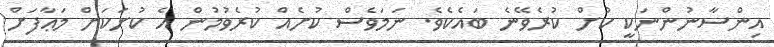
އިންސާނުންނަކީ ކުށް ކުރެވޭނެ ބައެކެވެ. ނަމަވެސް ކުށެއް ކުރެވުމުން އެ ކުށަކަށް މަޢާފަށް